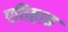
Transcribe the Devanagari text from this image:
एतिहास